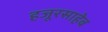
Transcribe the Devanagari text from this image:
हजूरसाहेब